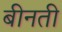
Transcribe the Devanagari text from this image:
बीनती